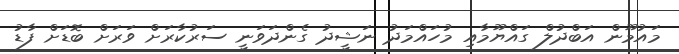
މައުމޫން އަބްދުލް ގައްޔޫމާއި މުހައްމަދު ނަޝީދު ގެންދަވަނީ ސަރުކާރަށް ވަރަށް ބޮޑަށް ފާޑު